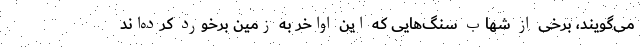
می‌گویند، برخی از شهاب سنگ‌هایی که این اواخر به زمین برخورد کرده‌اند